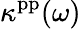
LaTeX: \kappa^{\mathrm{pp}}(\omega)